Report on malaria in the Punjab during the year ...  together with an account of the work of the Punjab Malaria Bureau - Volume 5
Disease focus: Malaria
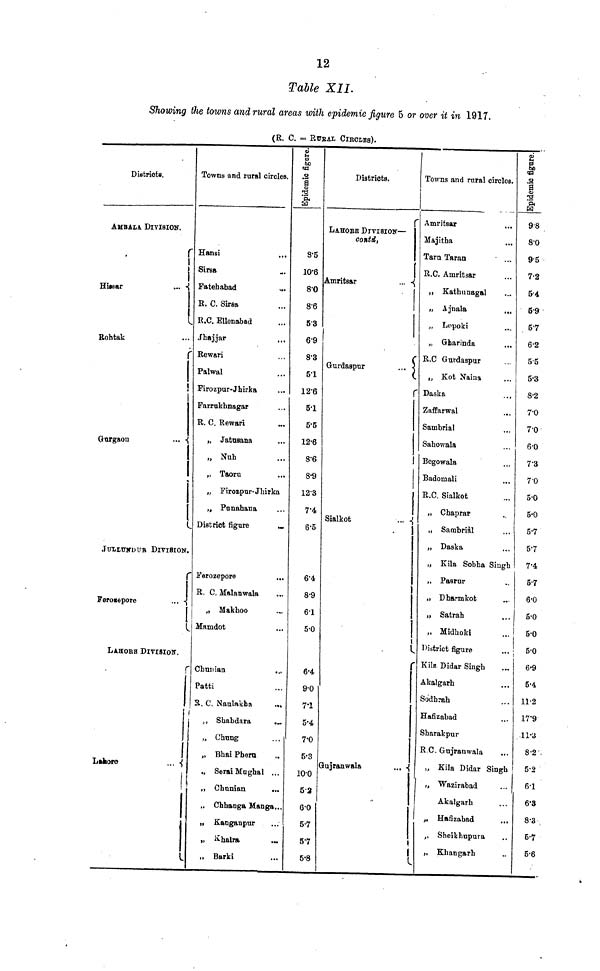
Table XII.
Showing the towns and rural areas with epidemic figure 5 or over it in 1917.
(R. C. = RURAL CIRCLES).
District».
AMBALA. DIVISION.
r
Hissar
...
Rohtak
r
Gargaou
...
JULLUNDUB DIVISION.
Ferozepore
...
1
LAHORE DIVISION.
Lahore
...
t
1
Towns and rural circles.
Hansi
Sirsa
-,
Fatehabad
R. C. Sirsa
R.C. Ellenabad
Jhajjar
Rewari
Palwal
Firozpur-Jhirka
Farrukhnagar
R. C. Rewari
Jatasana
Nub
Taoru
Firoapur-Jhirka
Punahana
District figure
Ferozepore
R. C. Malanwala
...
Makhoo
Mamdot
Chunian
Patti
R. C. Naulakha
...
Shabdara
...
Chung
Bhai Pheru
., Serai Mughal ...
Chnnian
...
Chhanga Manga...
Kanganpur
Khalra
Barki
8.5
10.6
8.0
8.6
53
6.9
8.3
5.1
12.6
5.1
5.5
12.6
8.6
8.9
12.3
Té
6.5
6.4
8.9
6.1
5.0
6.4
9.0
7.1
5.4
7.0
5.3
10.0
53
6.0
5.7
5.7
5.8
Districts.
r
LAHORE DIVISION—
contd,
Amritsar
...
Gurdaspur
...
r
Sialkot
...
Gujranwala
...
Towns and rural circles.
Amritsar
Majitha
Tarn Taran
R.C. Amritsar
Kathunagal
Ajnala
Lopoki
Gharinda
R.C. Gurdaspur
Kot Naina
Daska
Zaffarwal
Sambrial
Sahowala
Begowala
Badomali
R.C. Sialkot
Chaprar
Sambriàl
Daska
Kila Sobha Singh
Pasrur
Dharmkot
Satrah
Midhoki
District figure
Kila Didar Singh
Akalgarh
Sodhrah
Hafizabad
Sharakpur
R.C. Gujranwala
Kila Didar Singh
Wazirabad
Akalgarh
Hafizabad
Sheikhupura
Khangarh
Epidemic figure.
9.8
8.0
95
7.2
54
5.9
57
6.2
55
53
8.2
7.0
7.0
6.0
73
7.0
50
5.0
5.7
5.7
7.4
57
6.0
5.0
5.0
5.0
6.9
5.4
112
17.9
11.3
8.2
5.2
61
6.3
8.3
5.7
5.6